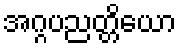
အဂ္ဂပညတ္တိယော